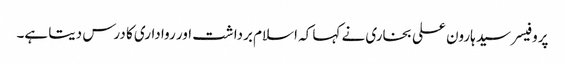
پروفیسر سید ہارون علی بخاری نے کہا کہ اسلام برداشت اور رواداری کا درس دیتا ہے۔